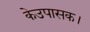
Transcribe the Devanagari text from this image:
केउपासक।